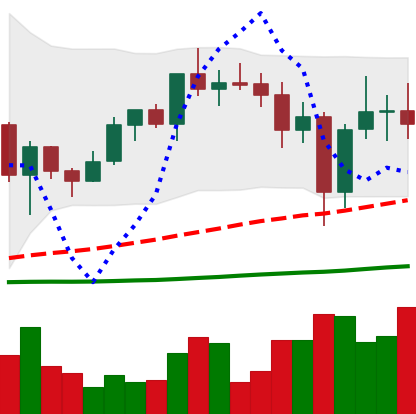
Ticker: ADA-USD
Chart end date: 2020-12-27
Forward return: 13.552%
Label: up_7plus